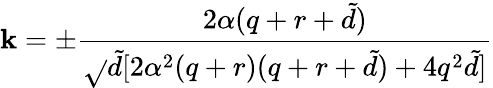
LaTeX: \mathbf{k}=\pm\frac{{2\alpha(q+r+{\tilde{{d}}})}}{{\sqrt{}{{{\tilde{{d}}}[2\alpha^{2}(q+r)(q+r+{\tilde{{d}}})+4q^{2}{\tilde{{d}}}]}}}}